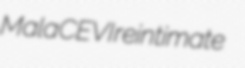
Mala CEVI reintimate